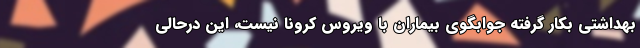
بهداشتی بکار گرفته جوابگوی بیماران با ویروس کرونا نیست، این درحالی